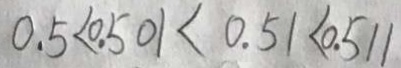
0 . 5 < 0 . 5 0 1 < 0 . 5 1 < 0 . 5 1 1